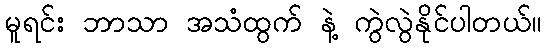
မူရင်း ဘာသာ အသံထွက် နဲ့ ကွဲလွဲနိုင်ပါတယ်။